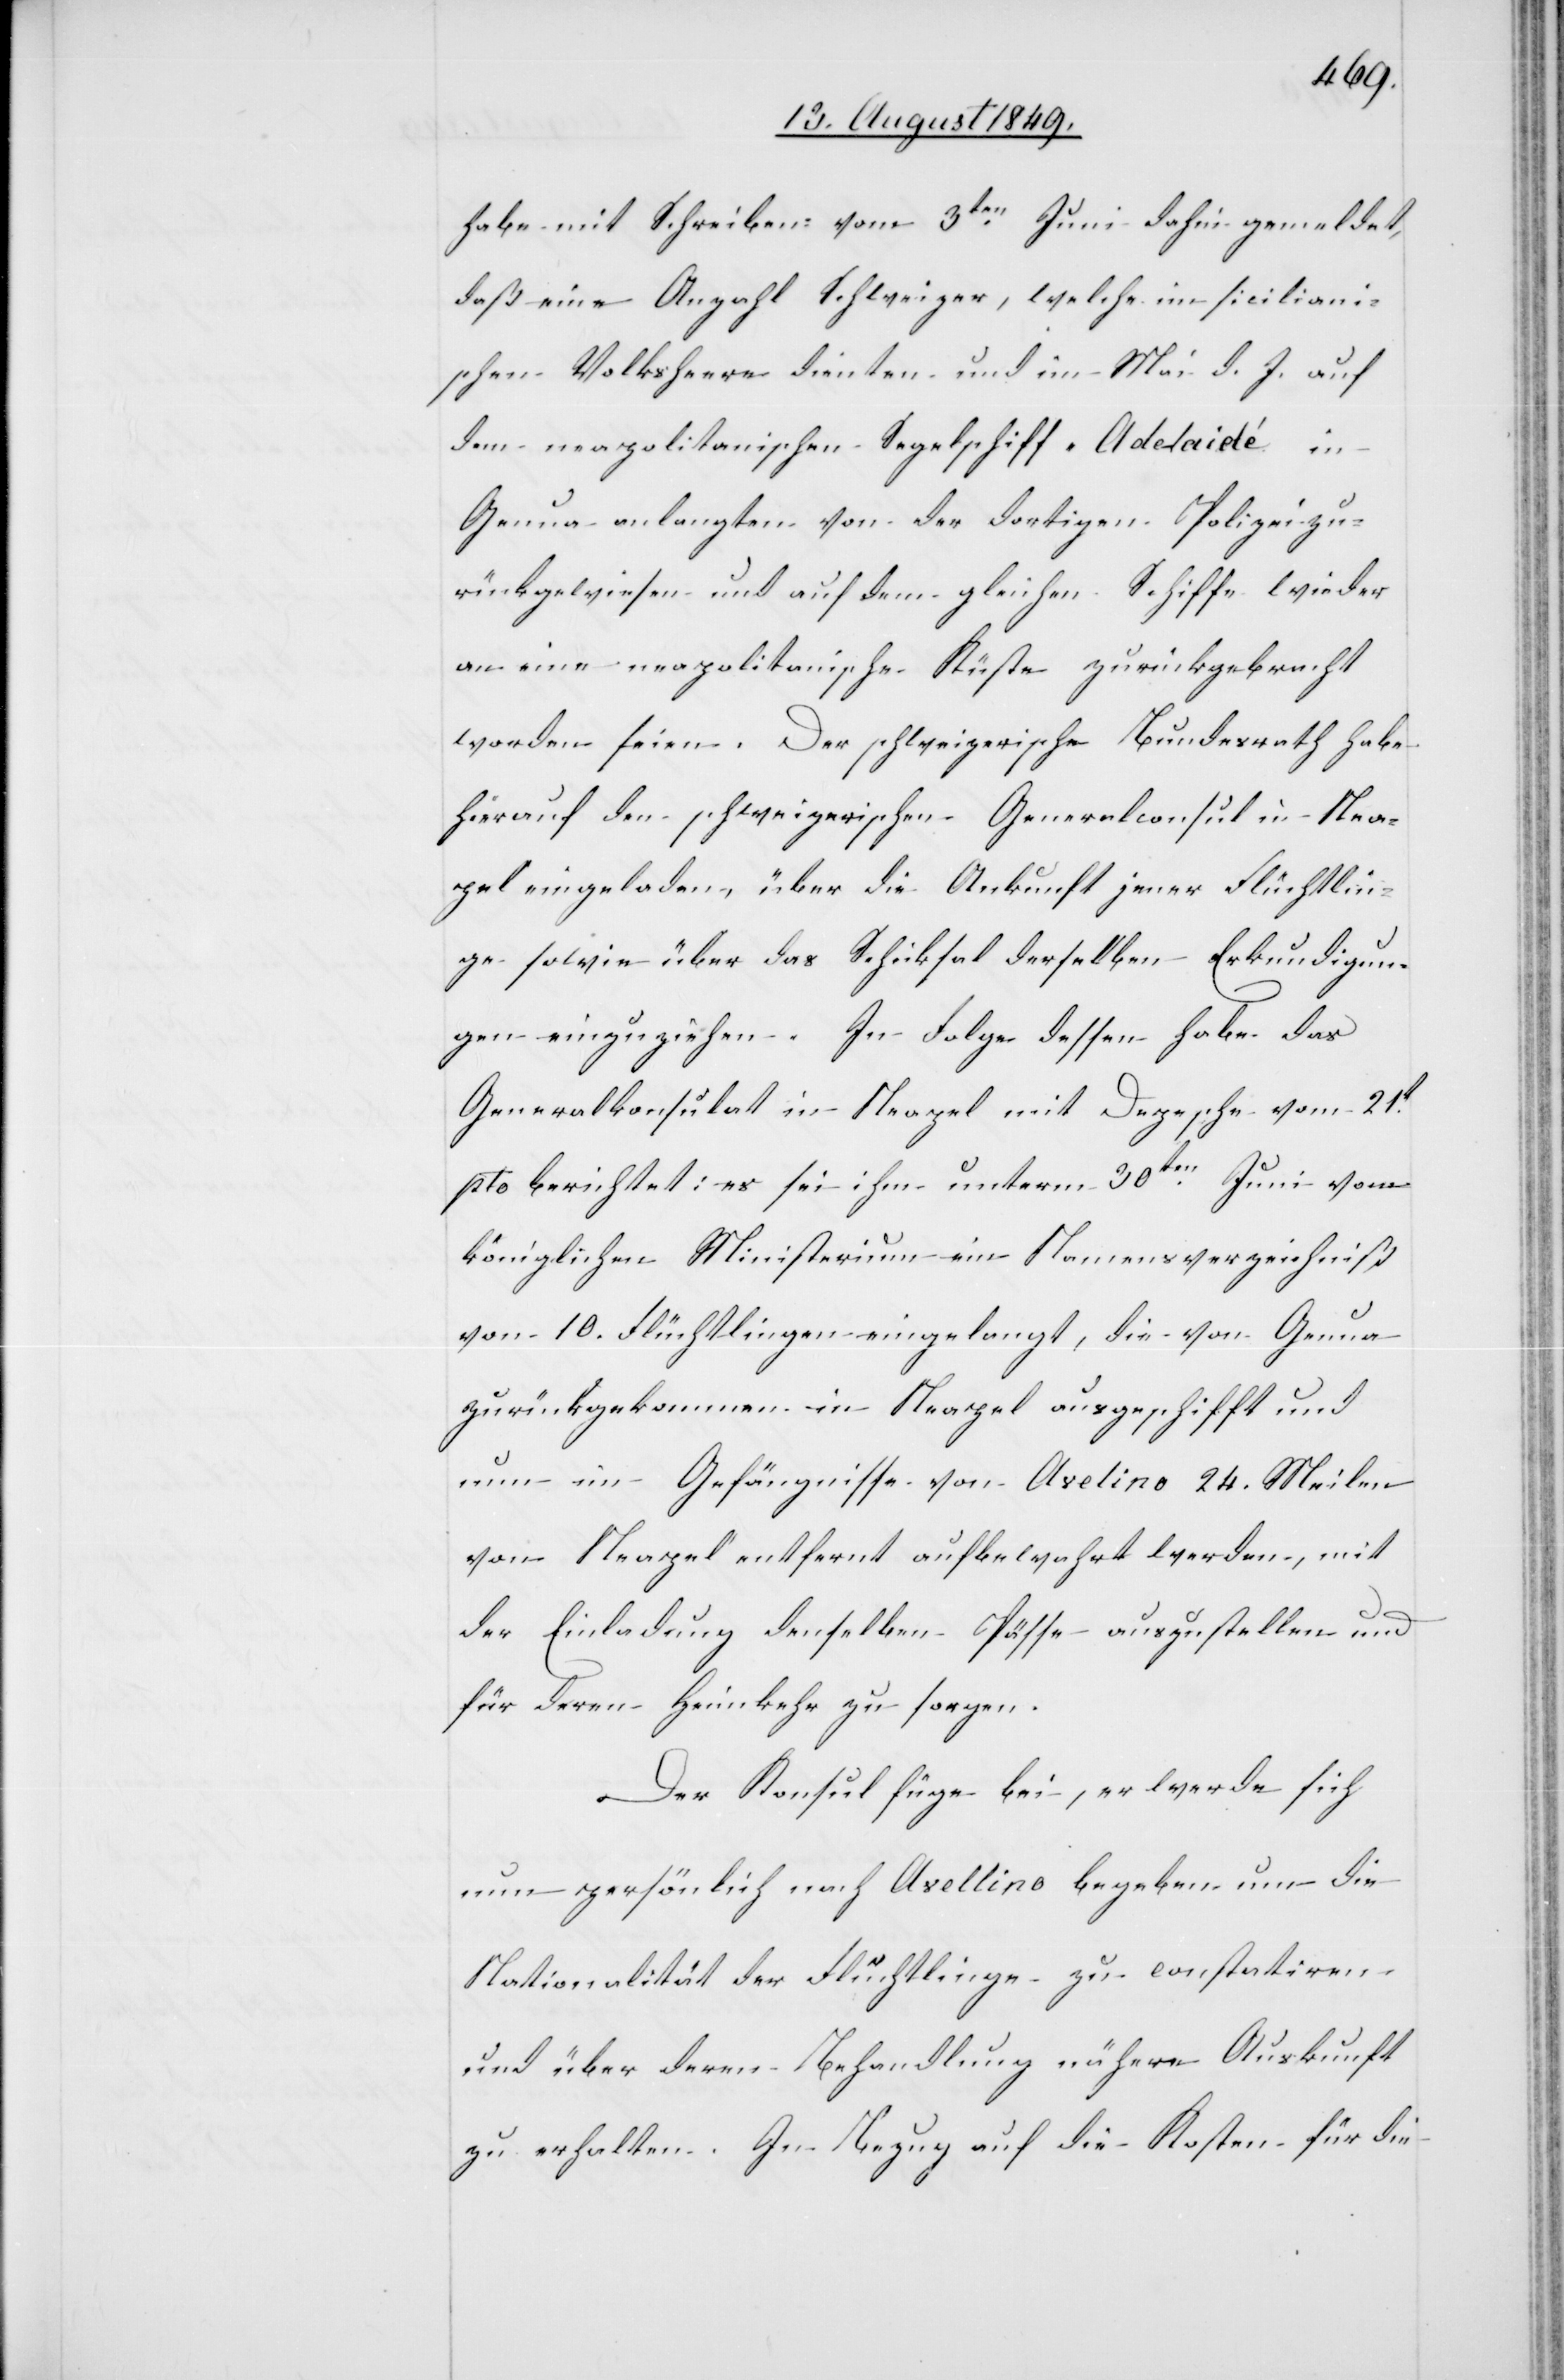
habe mit Schreiben vom 3ten Juni dahin gemeldet,
daß eine Anzahl Schweizer, welche im siciliani¬
schen Volksheere dienten und im Mai d. J. auf
dem neapolitanischen Segelschiff-Adelaidé in
Genua anlangten von der dortigen Polizei zu¬
rückgewiesen und auf dem gleichen Schiffe wieder
an eine neapolitanische Küste zurückgebracht
worden seien. Der schweizerische Bundesrath habe
hierauf den schweizerischen Generalconsul in Nea¬
pel eingeladen, über die Ankunft jener Flüchtlin¬
ge sowie über das Schicksal derselben Erkundigun¬
gen einzuziehen. In Folge dessen habe das
Generalkonsulat in Neapel mit Depesche vom 21t
pto. berichtet. es sei ihm unterm 30ten Juni vom
königlichen Ministerium ein Namensverzeichniß
von 10. Flüchtlingen eingelangt, die von Genua
zurückgekommen in Neapel ausgeschifft und
nun im Gefängnisse von Avelino 24. Meilen
von Neapel entfernt aufbewahrt werden, mit
der Einladung denselben Pässe auszustellen und
für deren Heimkehr zu sorgen.
Der Konsul füge bei, er werde sich
nun persönlich nach Avelino begeben um die
Nationalität der Flüchtlinge zu constatiren
und über deren Behandlung nähere Auskunft
zu erhalten. In Bezug auf die Kosten für die